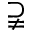
\supsetneqq